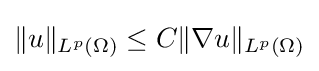
\|u\|_{L^{p}(\Omega )}\leq C\|\nabla u\|_{L^{p}(\Omega )}